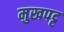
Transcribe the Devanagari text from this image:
मुखपट्ट